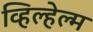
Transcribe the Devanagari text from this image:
व्हिल्हेल्म